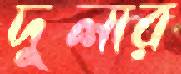
দুলার